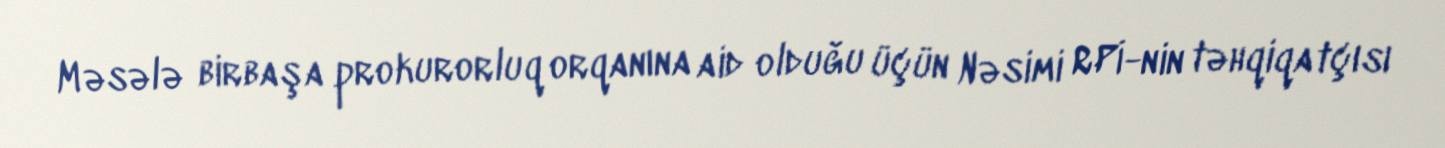
Məsələ birbaşa prokurorluq orqanına aid olduğu üçün Nəsimi RPİ-nin təhqiqatçısı